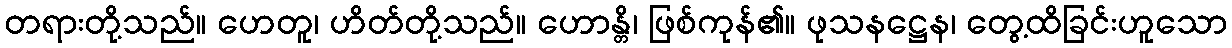
တရားတို့သည်။ ဟေတူ၊ ဟိတ်တို့သည်။ ဟောန္တိ၊ ဖြစ်ကုန်၏။ ဖုသနဋ္ဌေန၊ တွေ့ထိခြင်းဟူသော